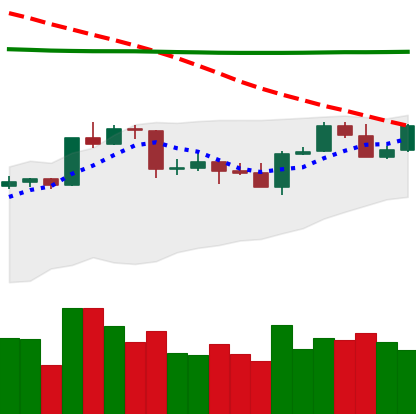
Ticker: ADA-USD
Chart end date: 2020-04-22
Forward return: 27.468%
Label: up_7plus